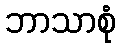
ဘာသာစုံ